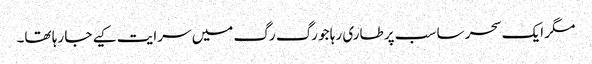
مگر ایک سحر سا سب پر طاری رہا جو رگ رگ میں سرایت کیے جا رہا تھا۔